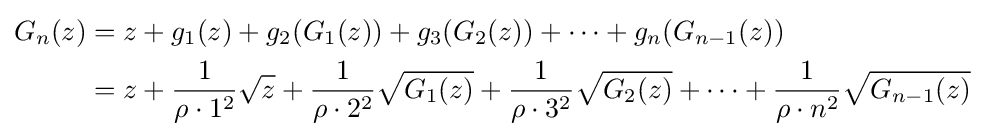
{\begin{aligned}G_{n}(z)&=z+g_{1}(z)+g_{2}(G_{1}(z))+g_{3}(G_{2}(z))+\cdots +g_{n}(G_{n-1}(z))\\&=z+{\frac {1}{\rho \cdot 1^{2}}}{\sqrt {z}}+{\frac {1}{\rho \cdot 2^{2}}}{\sqrt {G_{1}(z)}}+{\frac {1}{\rho \cdot 3^{2}}}{\sqrt {G_{2}(z)}}+\cdots +{\frac {1}{\rho \cdot n^{2}}}{\sqrt {G_{n-1}(z)}}\end{aligned}}